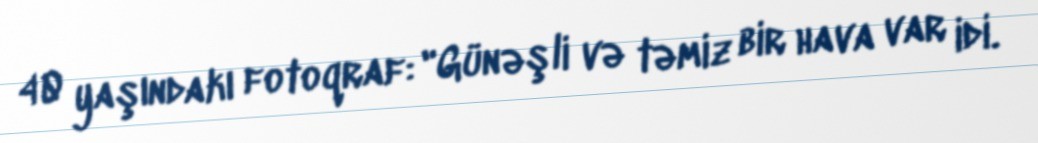
40 yaşındakı fotoqraf: "Günəşli və təmiz bir hava var idi.